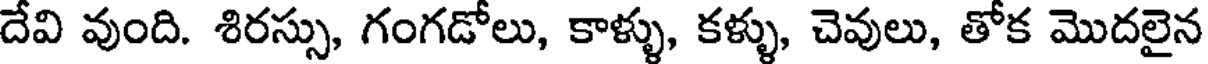
దేవి వుంది. శిరస్సు, గంగడోలు, కాళ్ళు, కళ్ళు, చెవులు, తోక మొదలైన